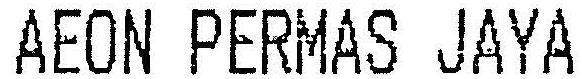
AEON PERMAS JAYA